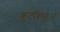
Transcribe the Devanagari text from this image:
कूटबिच्छुओं